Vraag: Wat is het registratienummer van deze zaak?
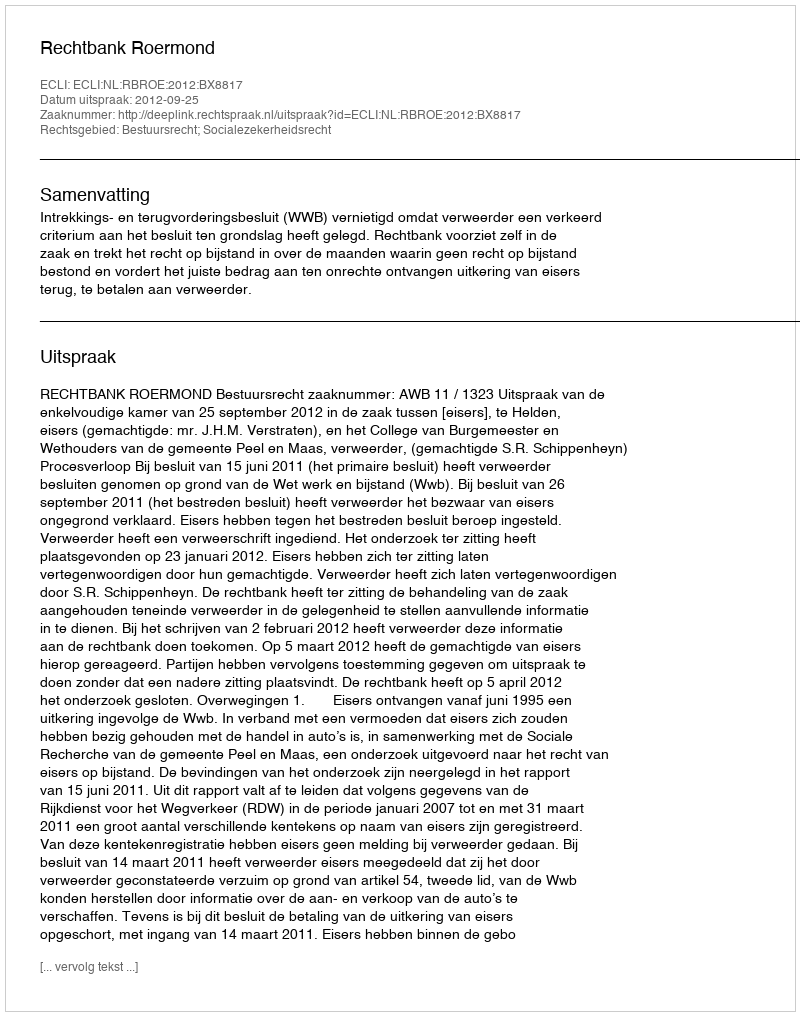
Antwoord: http://deeplink.rechtspraak.nl/uitspraak?id=ECLI:NL:RBROE:2012:BX8817